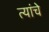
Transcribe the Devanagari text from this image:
त्यांंचेे